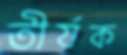
তীর্যক